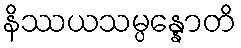
နိဿယသမ္ပန္နောတိ